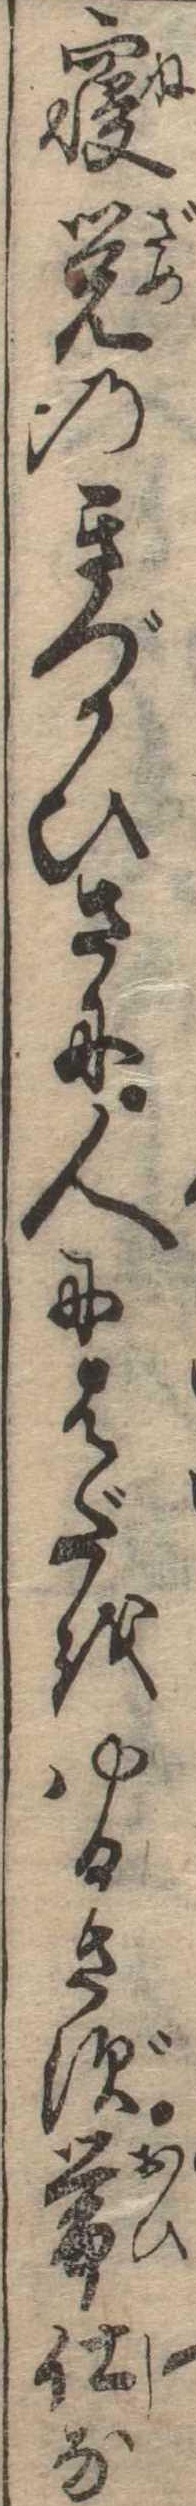
寝覚のきづかひさに人にはだをゆるさず帯仕な